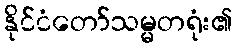
နိုင်ငံတော်သမ္မတရုံး၏